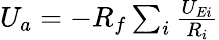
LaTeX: \begin{array}{r}{U_{a}=-R_{f}\sum_{i}{\frac{U_{Ei}}{R_{i}}}}\end{array}